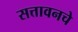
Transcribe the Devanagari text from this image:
सत्तावनचे